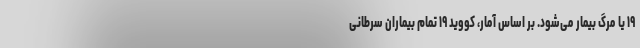
۱۹ یا مرگ بیمار می‌شود. بر اساس آمار، کووید ۱۹ تمام بیماران سرطانی